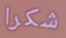
شكرا